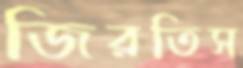
জিরতিস